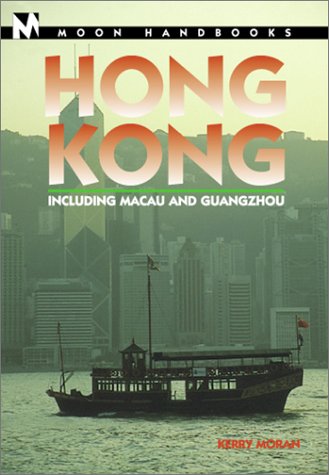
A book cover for Hong Kong: Including Macau and Guangzhou (Moon Handbooks Hong Kong); Kerry Moran; Travel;